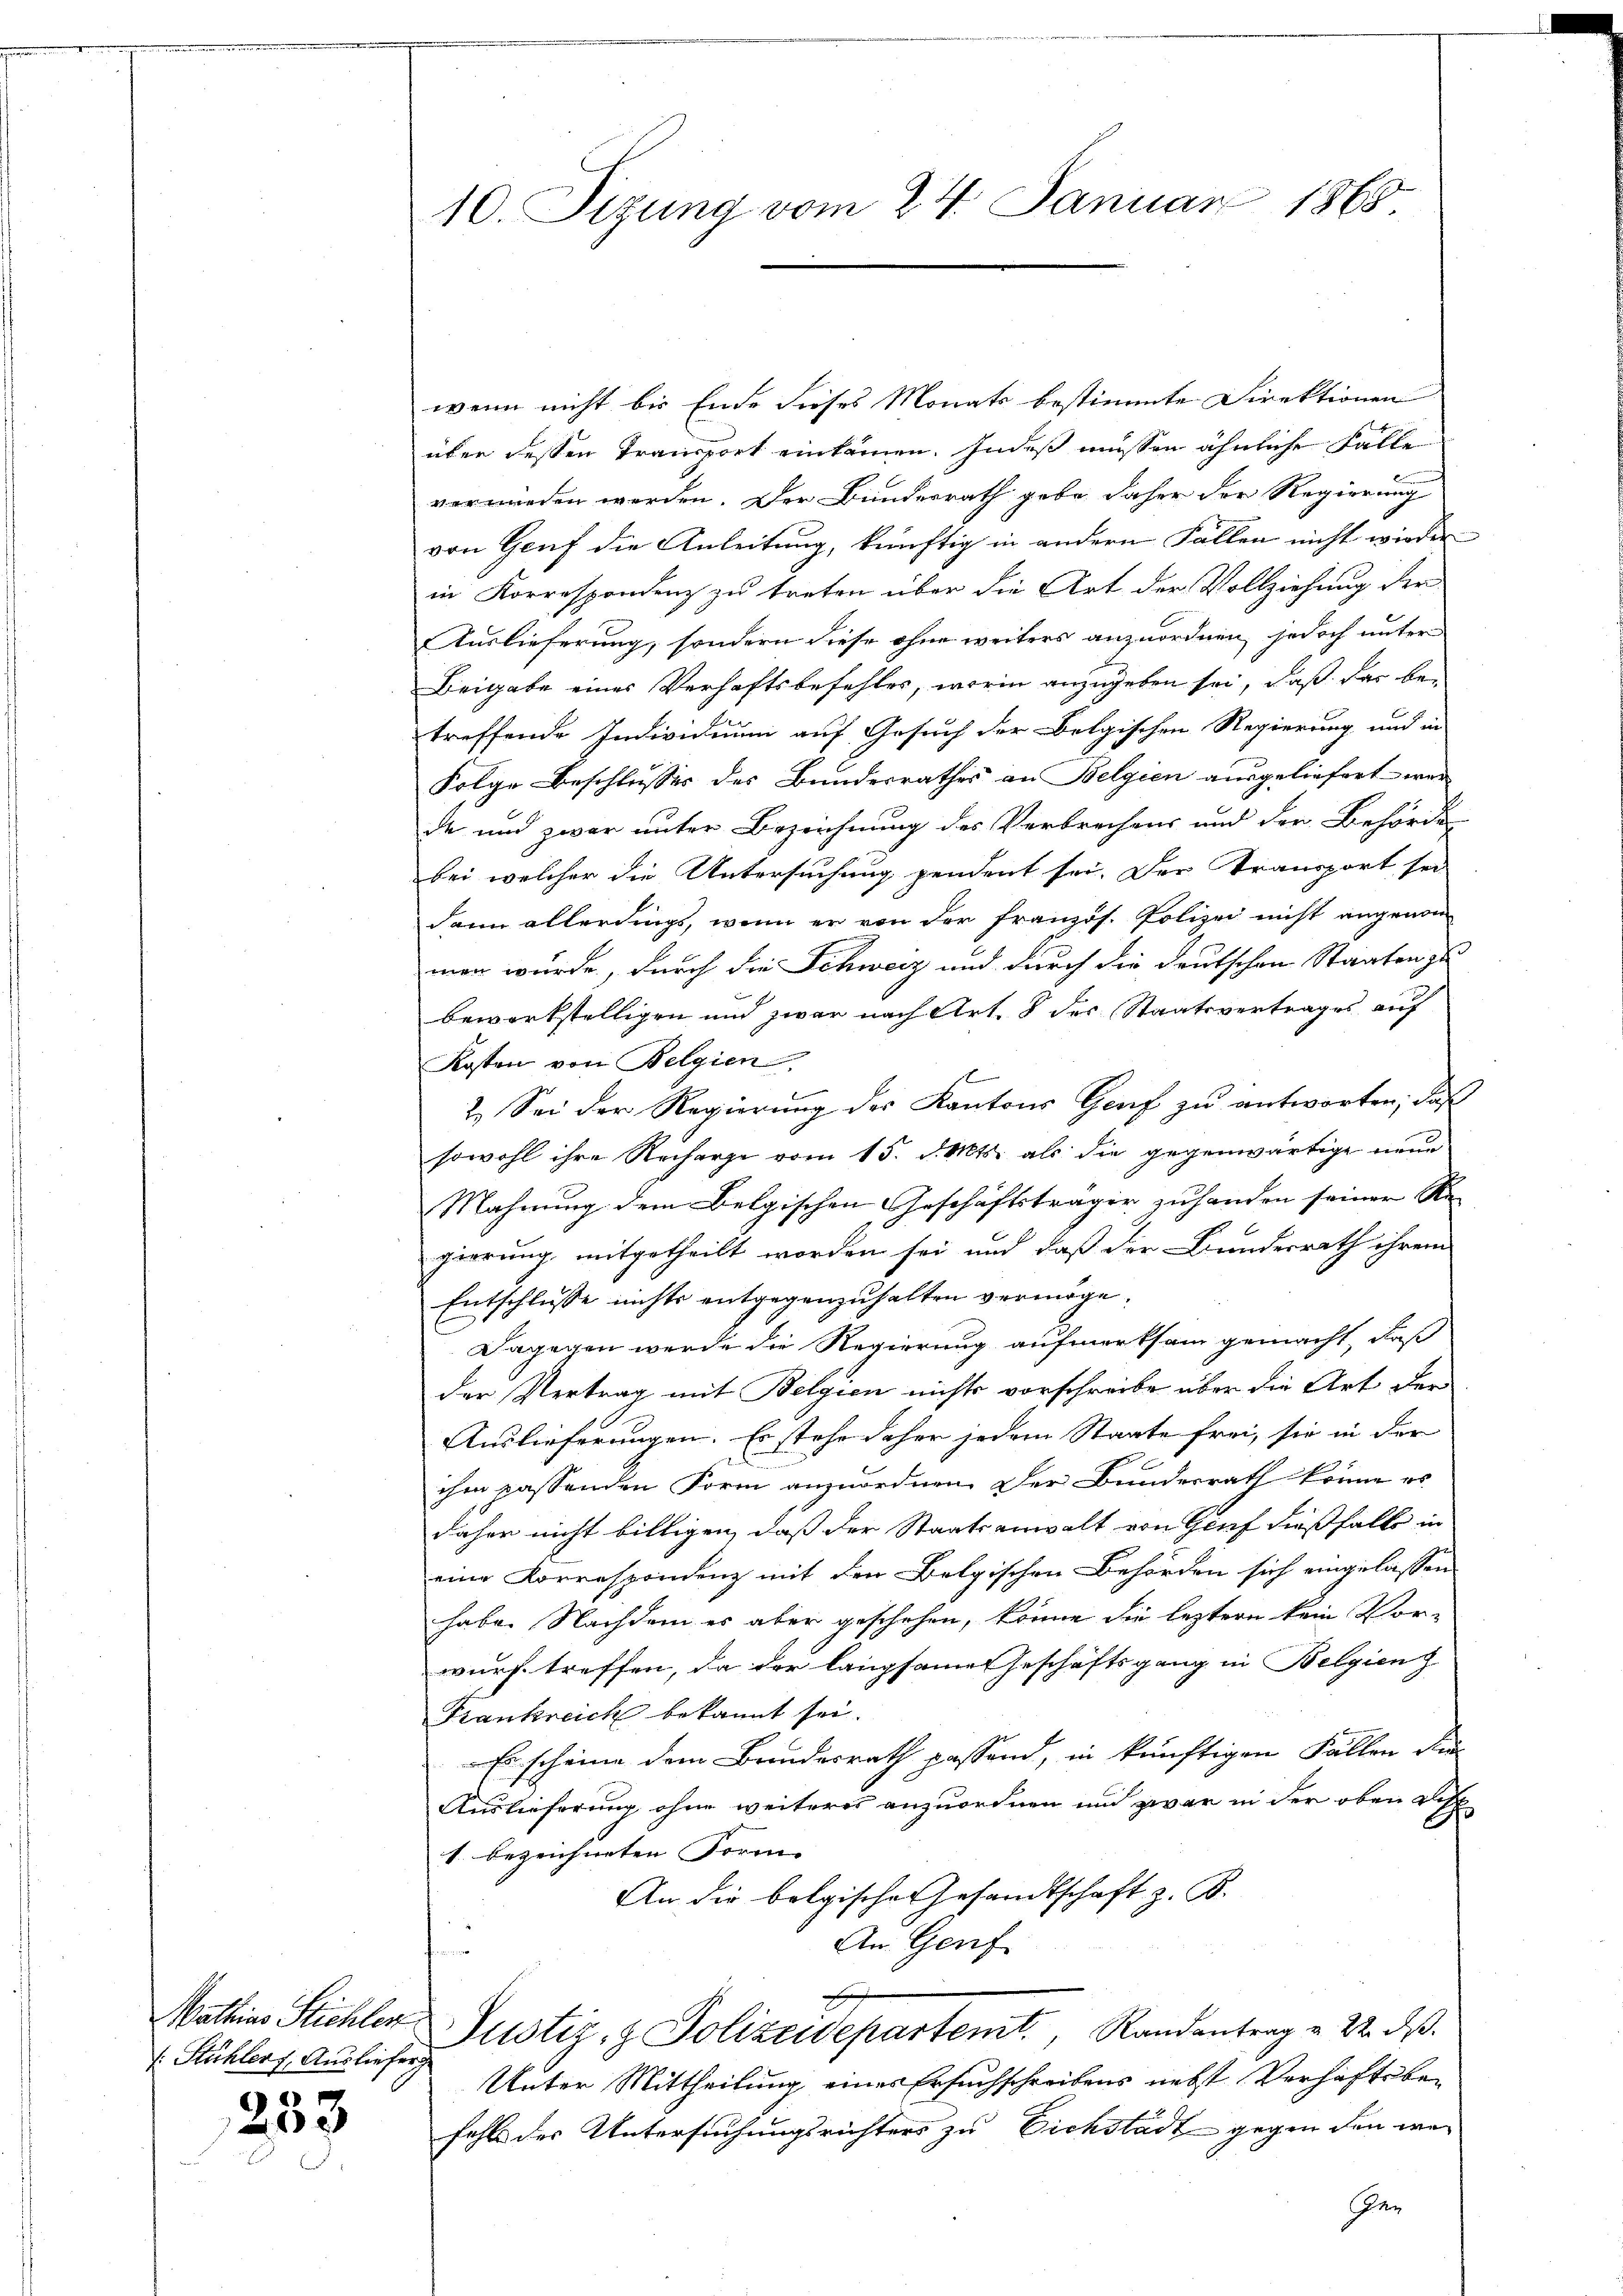
Stühler, Auslieferg

233

10. Sizung vom 24. Januar 1865.

wenn nicht bis Ende dieses Monats bestimmte Direktionen
über dessen Transport einkammen. Indeß müssen ähnliche Falle
verwieden werden. Der Bundesrath gebe, daher der Regierung
von Genf die Anleitung, künftig in andern Fällen nicht wieder
in Korrespondenz zu treten über die Art der Vollziehung der
Auslieferung, sondern diese ohne weiters anzuordnen, jedoch unter
Beigabe eines Verhaftsbefehles, worin anzugeben sei, daß das be-
treffende Individuum auf Gesuch der Belgischen Regierung und in
Folge Beschlusses des Bundesrathes an Belgien ausgeliefert war
de und zwar unter Bezeichnung des Verbrechens und der Behörde
bei welcher die Untersuchung pendent sei. Der Transport sei
dann allerdings, wenn er von der französ. Polizei nicht angenom
man wurde, durch die Schweiz und durch die Deutschen Staaten zu
bewerkstelligen und zwar nach Art. 8 des Staatsvertrages auf
Kosten von Belgien
s
2. Sei der Regierung des Kantons Genf zu antworten, daß
sowohl ihre Recharge vom 15. d. Mts. als die gegenwärtige neue
Mahnung dem Belgischen Geschäftsträger zu handen seiner Regierung mitgetheilt worden sei und daß der Bundesrath ihrem
Entschlüsse nichts entgegenzuhalten vermöge.
Dagegen werde die Regierung aufmerksam gemacht, daß
der Vertrag mit Belgien nichts vorschreibe über die Art der
Auslieferungen. Es stehe daher jedem Staate frei, sie in der
ihm passenden Form anzuordnen. Der Bundesrath könne es
daher nicht biltigen, daß der Staatsanwalt von Genf dießfalls in
eine Korrespondenz mit den Belgischen Behörden sich eingelassen
habe. Nachdem es aber geschehen, könne die leztern kein Vor-
wurf treffen, da der langsame Geschäftsgang in Belgien z
Frankreich bekannt sei.
Es scheine dem Bundesrath passend, in künftigen Fällen si
Auslieferung ohne weiteres anzuordnen und zwar in der oben Disp
1. bezeichneten Forme |
An die belgischen Gesandtschaft z. B.
An Genf
s
Mathias Stichler Justiz- & Polizeidepartemt, Randantrag u. 22. ds.
Unter Mittheilung eines Ersuchschreibens nebst Verhaftsbefahl der Untersuchungsrichters zu Eichstadt gegen den war
Ger